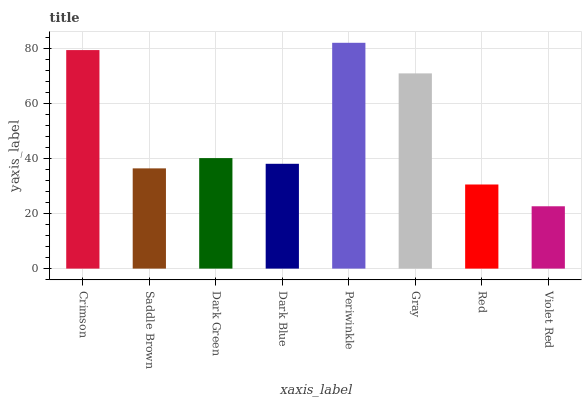
| xaxis_label | bars |
 | --- | --- |
 | Crimson | 79.3 |
 | Saddle Brown | 36.4 |
 | Dark Green | 40.1 |
 | Dark Blue | 38 |
 | Periwinkle | 81.9 |
 | Gray | 70.8 |
 | Red | 30.5 |
 | Violet Red | 22.6 |